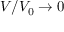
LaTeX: V / V _ { 0 } \rightarrow 0